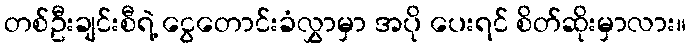
တစ်ဦးချင်းစီရဲ့ ငွေတောင်းခံလွှာမှာ အပို ပေးရင် စိတ်ဆိုးမှာလား။